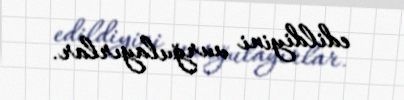
edildiyini vurğulayırlar.